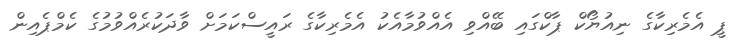
ޕީ އެމެރިކާގެ ނިއުޔޯކް ޕާކްގައި ބޭއްވި އެއްވުމާއެކު އެމެރިކާގެ ރައީސްކަމަށް ވާދަކުރެއްވުމުގެ ކެމްޕެއިން